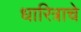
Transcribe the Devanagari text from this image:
धारित्राचे